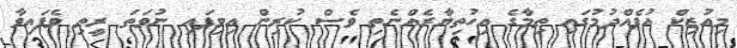
މިއުޒިކް އުފެއްދުމުގައި ތިމާގެ އިހުތިޔާރެއްނެތި ވެސް ކުރިން އިވިފައި ނުވަތަ ރީތި ވެފައިވާ